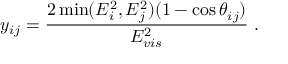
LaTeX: y _ { i j } = \frac { 2 \operatorname * { m i n } ( E _ { i } ^ { 2 } , E _ { j } ^ { 2 } ) ( 1 - \cos \theta _ { i j } ) } { E _ { v i s } ^ { 2 } } \, \, .